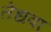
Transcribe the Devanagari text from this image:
तेधवा